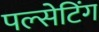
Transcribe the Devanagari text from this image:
पल्सेटिंग